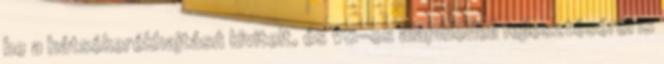
be a hátsókerékhajtású kivitelt, és V6-os alapmodell fejlesztéséről is